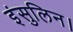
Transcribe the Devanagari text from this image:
इंसुलिन।